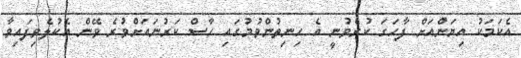
އެކަމަކު އިޔަންއަށް ފާހަގަ ކުރެވުނީ އެ ހިނިތުންވުމުގައި ހާސް ކަރުނައަށްވުރެ ވޭން އެކުލެވިފައިވާ